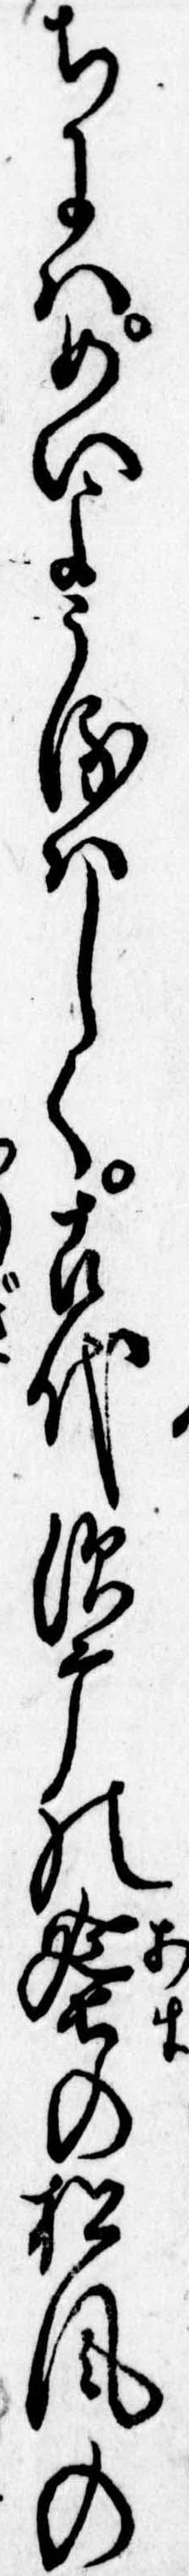
ちにはめいようるはしく古代須の蜑の松風の